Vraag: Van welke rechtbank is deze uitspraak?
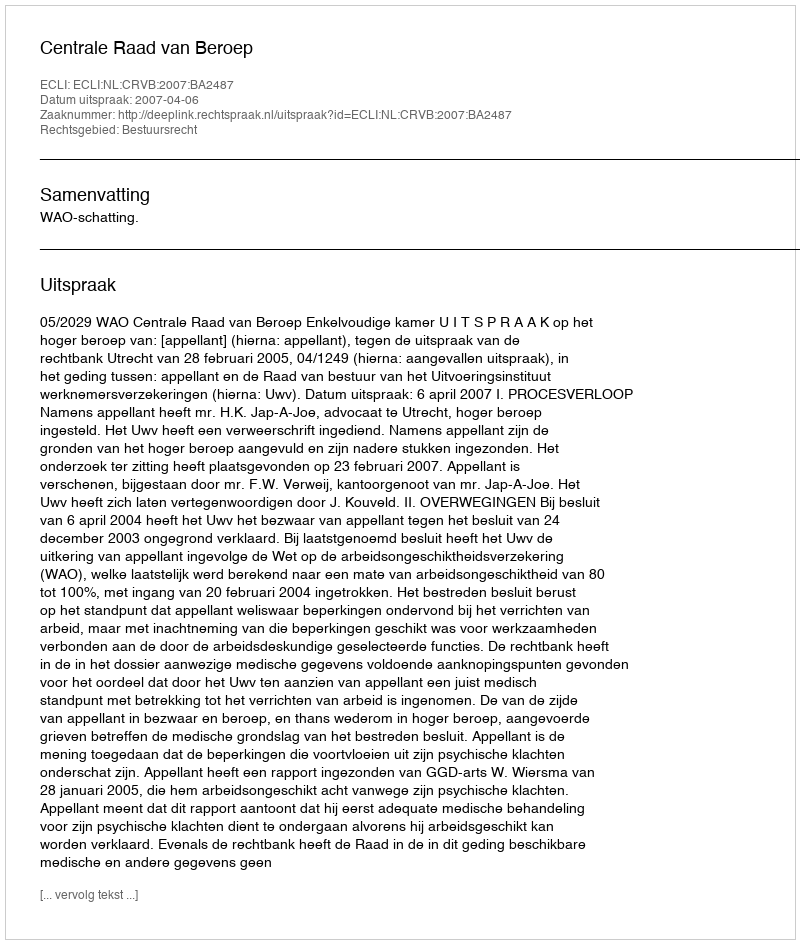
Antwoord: Centrale Raad van Beroep